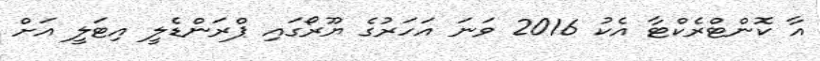
އާ ކޮންޓްރެކްޓާ އެކު 2016 ވަނަ އަހަރުގެ ޔޫރޯގައި ޕްރަންޑެލީ އިޓަލީ އަށް